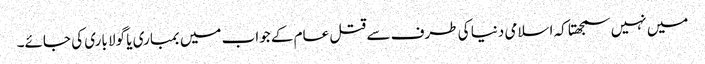
میں نہیں سمجھتا کہ اسلامی دنیا کی طرف سے قتل عام کے جواب میں بمباری یا گولا باری کی جائے۔